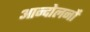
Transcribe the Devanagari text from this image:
आन्दोलनोंं